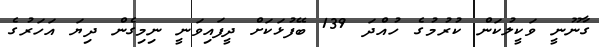
ގާނޫނީ ވަކީލުކަން ކުރުމުގެ ހުއްދަ 139 ބޭފުޅަކަށް ދީފައިވަނީ ނިމިގެން ދިޔަ އަހަރުގެ